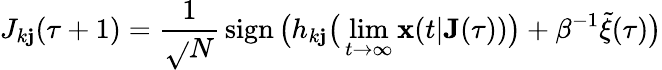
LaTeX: J_{k\mathbf{j}}(\tau+1)=\frac{{1}}{{\sqrt{}{{N}}}}\, \mathrm{{sign}}\, \big(h_{k\mathbf{j}}\big(\operatorname*{lim}_{t\rightarrow\infty}\mathbf{{x}}(t|\mathbf{{J}}(\tau))\big)+\beta^{-1}\tilde{{\xi}}(\tau)\big)